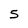
Character: 5